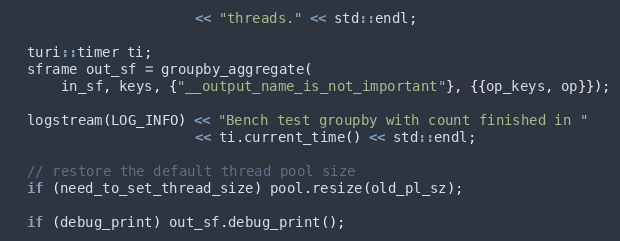
Language: C++
                      << "threads." << std::endl;

  turi::timer ti;
  sframe out_sf = groupby_aggregate(
      in_sf, keys, {"__output_name_is_not_important"}, {{op_keys, op}});

  logstream(LOG_INFO) << "Bench test groupby with count finished in "
                      << ti.current_time() << std::endl;

  // restore the default thread pool size
  if (need_to_set_thread_size) pool.resize(old_pl_sz);

  if (debug_print) out_sf.debug_print();